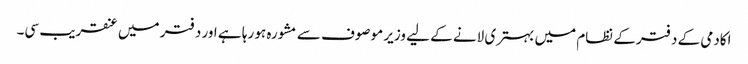
اکادمی کے دفترکے نظام میں بہتری لانے کے لیے وزیر موصوف سے مشورہ ہو رہا ہے اور دفتر میں عنقریب سی۔